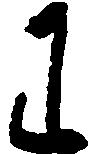
わ